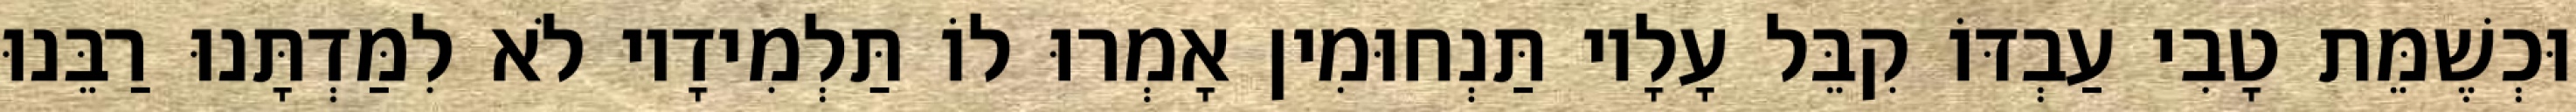
וּכְשֶׁמֵּת טָבִי עַבְדּוֹ קִבֵּל עָלָיו תַּנְחוּמִין אָמְרוּ לוֹ תַּלְמִידָיו לֹא לִמַּדְתָּנוּ רַבֵּנוּ